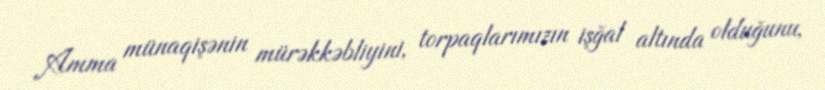
Amma münaqişənin mürəkkəbliyini, torpaqlarımızın işğal altında olduğunu,